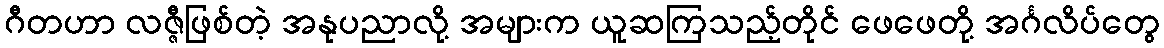
ဂီတဟာ လဇ္ဇီဖြစ်တဲ့ အနုပညာလို့ အများက ယူဆကြသည့်တိုင် ဖေဖေတို့ အင်္ဂလိပ်တွေ